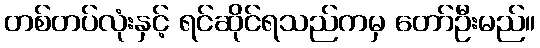
တစ်တပ်လုံးနှင့် ရင်ဆိုင်ရသည်ကမှ တော်ဦးမည်။